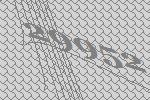
29952